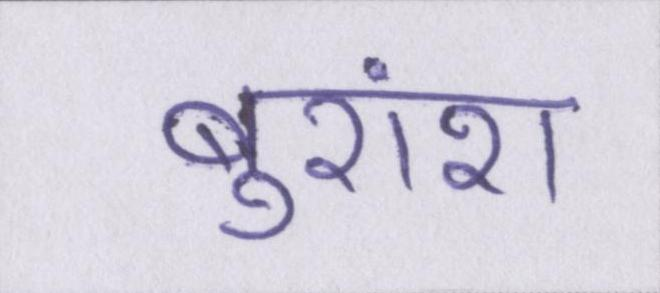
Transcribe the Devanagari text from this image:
बुरांश